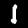
Label: 1